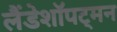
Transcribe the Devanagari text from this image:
लैंडेशॉपट्मन